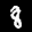
Label: 8